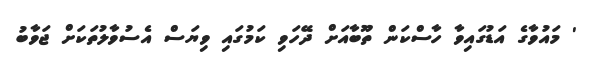
' މައުވާގެ އަޑުގައިވާ ހާސްކަން ތޫބާއަށް ދޭހަވި ކަމުގައި ވިޔަސް އެސުވާލުތަކަށް ޖަވާބު